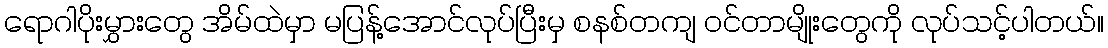
ရောဂါပိုးမွှားတွေ အိမ်ထဲမှာ မပြန့်အောင်လုပ်ပြီးမှ စနစ်တကျ ဝင်တာမျိုးတွေကို လုပ်သင့်ပါတယ်။